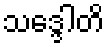
သဒ္ဒေါတိ